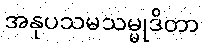
အနုပသမသမ္မုဒိတာ